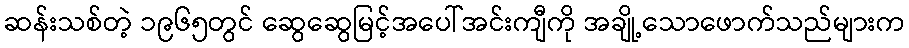
ဆန်းသစ်တဲ့ ၁၉၆၅တွင် ဆွေဆွေမြင့်အပေါ်အင်းကျီကို အချို့သောဖောက်သည်များက